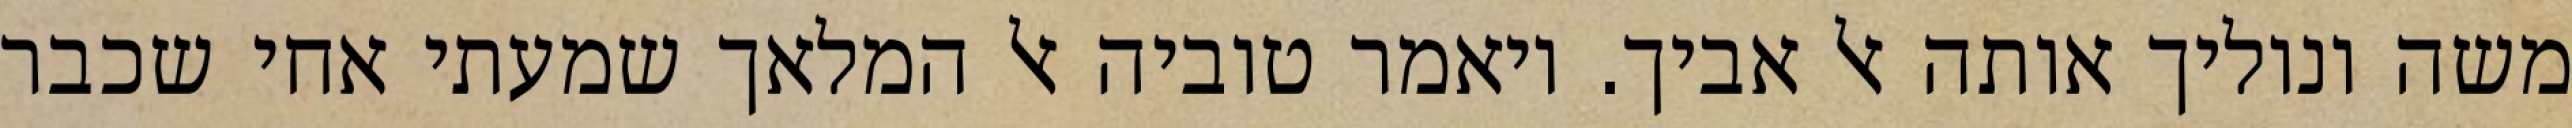
משה ונוליך אותה אל אביך. ויאמר טוביה אל המלאך שמעתי אחי שכבר